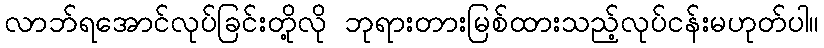
လာဘ်ရအောင်လုပ်ခြင်းတို့လို ဘုရားတားမြစ်ထားသည့်လုပ်ငန်းမဟုတ်ပါ။